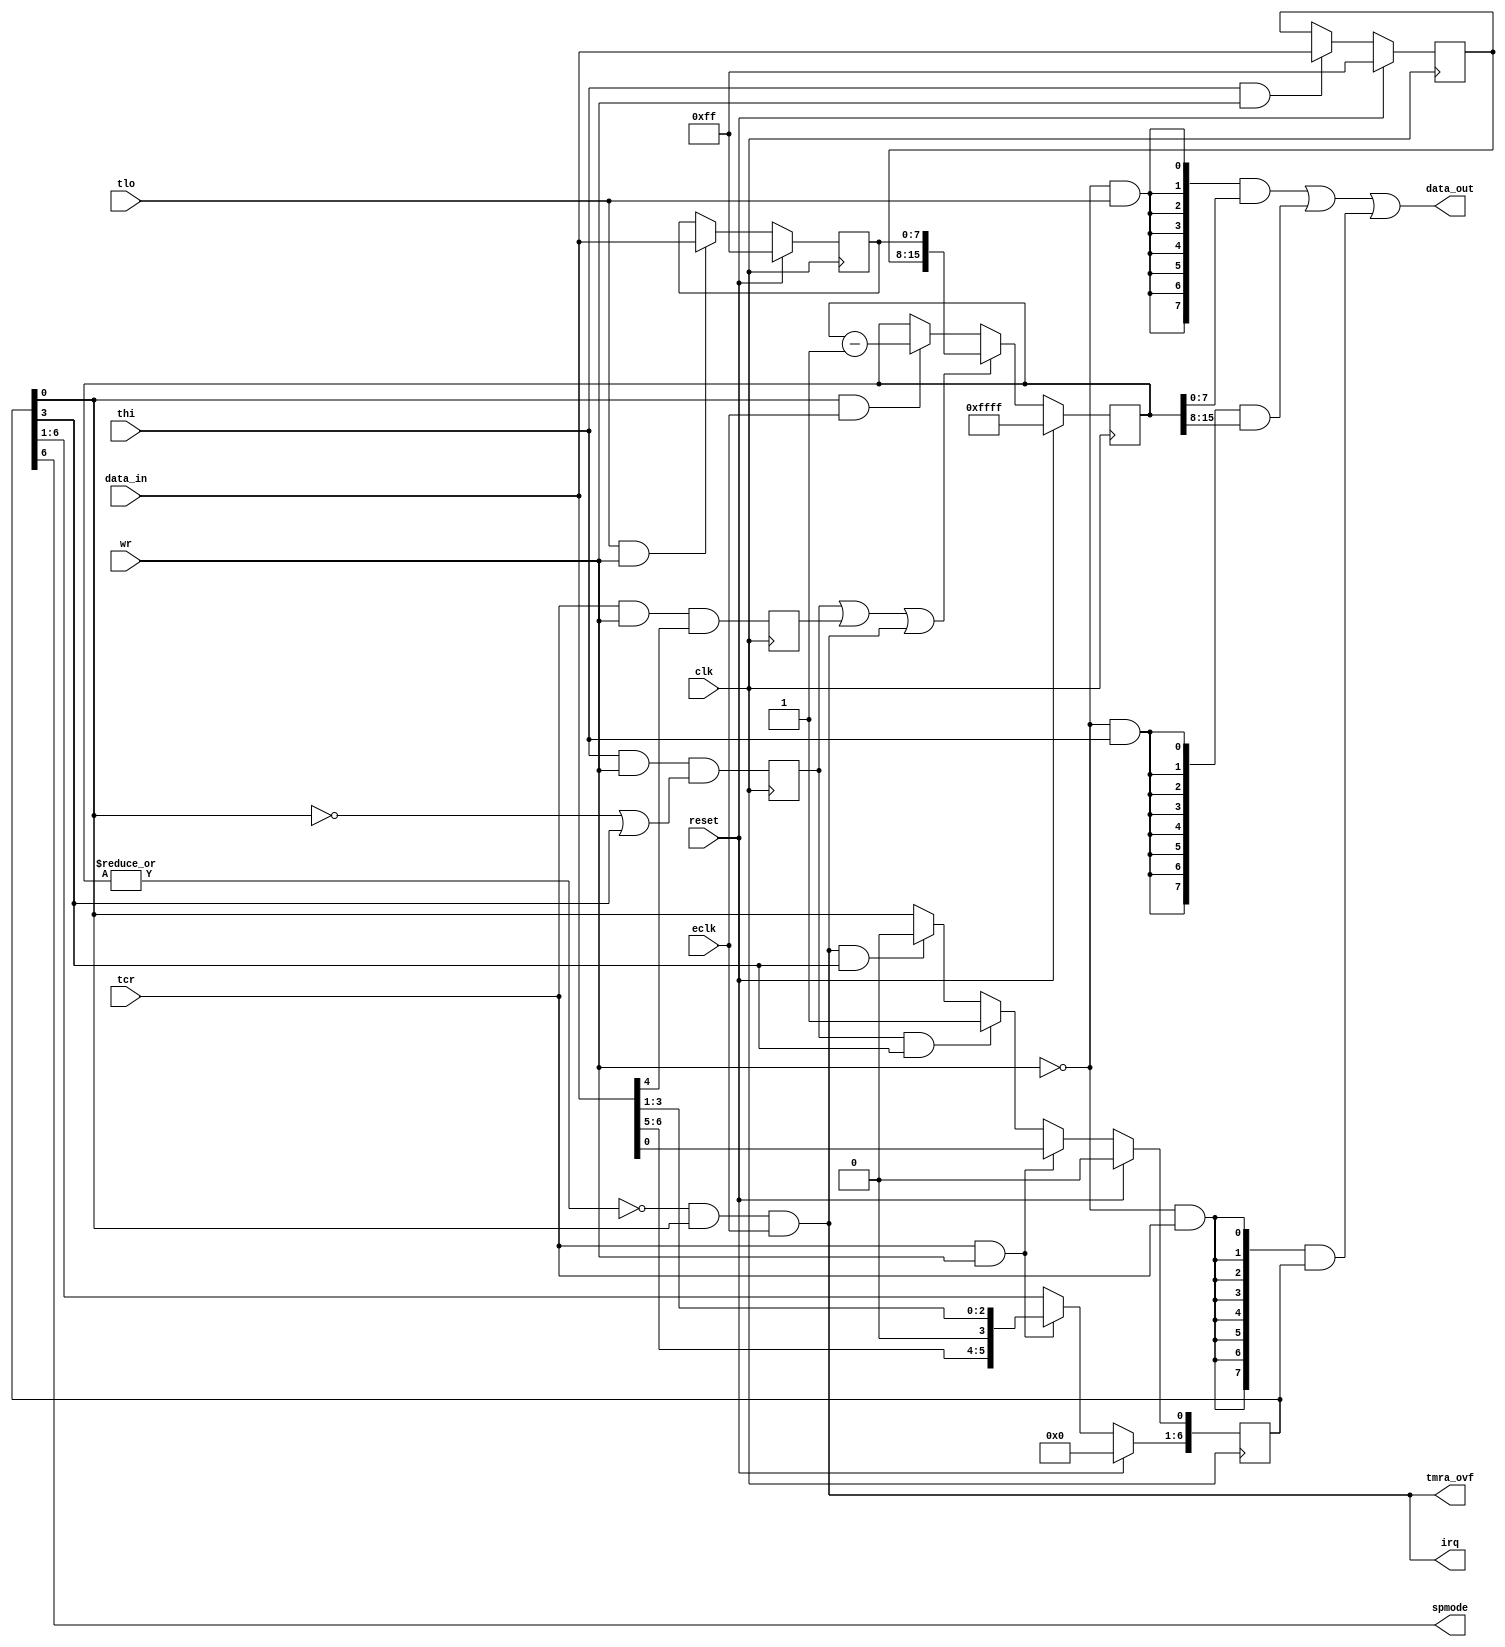
module timera
(
	input 	clk,	  				
	input	wr,						
	input 	reset, 					
	input 	tlo,					
	input	thi,		 			
	input	tcr,					
	input 	[7:0] data_in,			
	output 	[7:0] data_out,			
	input	eclk,	  				
	output	tmra_ovf,				
	output	spmode,					
	output	irq						
);
reg		[15:0] tmr;				
reg		[7:0] tmlh;				
reg		[7:0] tmll;				
reg		[6:0] tmcr;				
reg		forceload;				
wire	oneshot;				
wire	start;					
reg		thi_load;    			
wire	reload;					
wire	zero;					
wire	underflow;				
wire	count;					
assign count = eclk;
always @(posedge clk)
	if (reset)	
		tmcr[6:0] <= 7'd0;
	else if (tcr && wr)	
		tmcr[6:0] <= {data_in[6:5],1'b0,data_in[3:0]};
	else if (thi_load && oneshot)	
		tmcr[0] <= 1'd1;
	else if (underflow && oneshot) 
		tmcr[0] <= 1'd0;
always @(posedge clk)
	forceload <= tcr & wr & data_in[4];	
assign oneshot = tmcr[3];		
assign start = tmcr[0];			
assign spmode = tmcr[6];		
always @(posedge clk)
	if (reset)
		tmll[7:0] <= 8'b1111_1111;
	else if (tlo && wr)
		tmll[7:0] <= data_in[7:0];
always @(posedge clk)
	if (reset)
		tmlh[7:0] <= 8'b1111_1111;
	else if (thi && wr)
		tmlh[7:0] <= data_in[7:0];
always @(posedge clk)
	thi_load <= thi & wr & (~start | oneshot);
assign reload = thi_load | forceload | underflow;
always @(posedge clk)
	if (reset)
		tmr[15:0] <= 16'hFF_FF;
	else if (reload)
		tmr[15:0] <= {tmlh[7:0],tmll[7:0]};
	else if (start && count)
		tmr[15:0] <= tmr[15:0] - 16'd1;
assign zero = ~|tmr;		
assign underflow = zero & start & count;
assign tmra_ovf = underflow;
assign irq = underflow;
assign data_out[7:0] = ({8{~wr&tlo}} & tmr[7:0]) 
					| ({8{~wr&thi}} & tmr[15:8])
					| ({8{~wr&tcr}} & {1'b0,tmcr[6:0]});		
endmodule